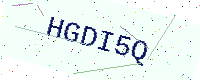
Text: HGDI5Q